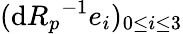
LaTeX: (\mathrm{d}R_{p}{}^{-1}e_{i})_{0\leq i\leq 3}